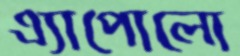
এ্যাপোলো